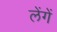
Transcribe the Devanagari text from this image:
लेंगें